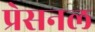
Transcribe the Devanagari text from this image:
प्रेसनल